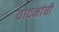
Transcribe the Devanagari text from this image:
वादनांची